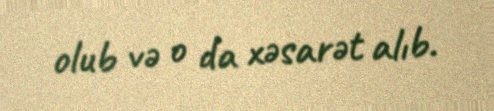
olub və o da xəsarət alıb.